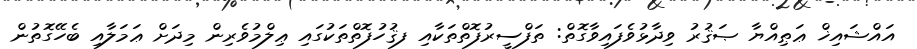
އައްޝައިޚް ޢަޠިއްޔާ ޞަޤުރު ވިދާޅުވެފައިވާގޮތް: ތަފްސީރުފޮތްތަކާއި ފޤުހުފޮތްތަކުގައި ޢިލްމުވެރިން މިދަށް ޢަމަލާއި ބެހޭގޮތުން